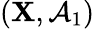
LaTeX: (\mathbf{X},{\mathcal{{A}}}_{1})